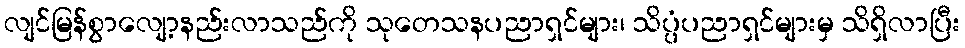
လျင်မြန်စွာလျော့နည်းလာသည်ကို သုတေသနပညာရှင်များ၊ သိပ္ပံပညာရှင်များမှ သိရှိလာပြီး